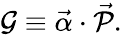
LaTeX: {\cal G}\equiv\vec{\alpha}\cdot\vec{{\cal P}}.